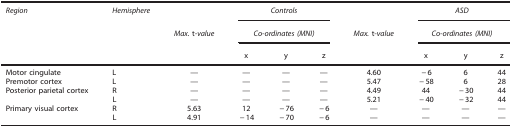
<table><thead><tr><td><b><i>Region</i></b></td><td><b><i>Hemisphere</i></b></td><td><b> </b></td><td colspan="3"><b><i>Controls</i></b></td><td><b> </b></td><td colspan="3"><b><i>ASD</i></b></td></tr><tr><td><b> </b></td><td><b> </b></td><td><b><i>Max.</i> t<i>-value</i></b></td><td colspan="3"><b><i>Co-ordinates (MNI)</i></b></td><td><b><i>Max.</i> t<i>-value</i></b></td><td colspan="3"><b><i>Co-ordinates (MNI)</i></b></td></tr><tr><td><b> </b></td><td><b> </b></td><td><b> </b></td><td><b>x</b></td><td><b>y</b></td><td><b>z</b></td><td><b> </b></td><td><b>x</b></td><td><b>y</b></td><td><b>z</b></td></tr></thead><tbody><tr><td>Motor cingulate</td><td>L</td><td>—</td><td>—</td><td>—</td><td>—</td><td>4.60</td><td>−6</td><td>6</td><td>44</td></tr><tr><td>Premotor cortex</td><td>L</td><td>—</td><td>—</td><td>—</td><td>—</td><td>5.47</td><td>−58</td><td>6</td><td>28</td></tr><tr><td>Posterior parietal cortex</td><td>R</td><td>—</td><td>—</td><td>—</td><td>—</td><td>4.49</td><td>44</td><td>−30</td><td>44</td></tr><tr><td> </td><td>L</td><td>—</td><td>—</td><td>—</td><td>—</td><td>5.21</td><td>−40</td><td>−32</td><td>44</td></tr><tr><td>Primary visual cortex</td><td>R</td><td>5.63</td><td>12</td><td>−76</td><td>−6</td><td>—</td><td>—</td><td>—</td><td>—</td></tr><tr><td> </td><td>L</td><td>4.91</td><td>−14</td><td>−70</td><td>−6</td><td>—</td><td>—</td><td>—</td><td>—</td></tr></tbody></table>